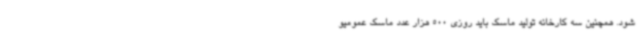
شود. همچنین سه کارخانه تولید ماسک باید روزی 500 هزار عدد ماسک عمومیو